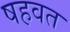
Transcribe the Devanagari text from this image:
षहवत